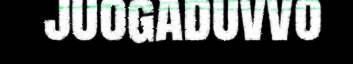
juogaduvvo